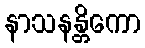
နာသနန္တိကော